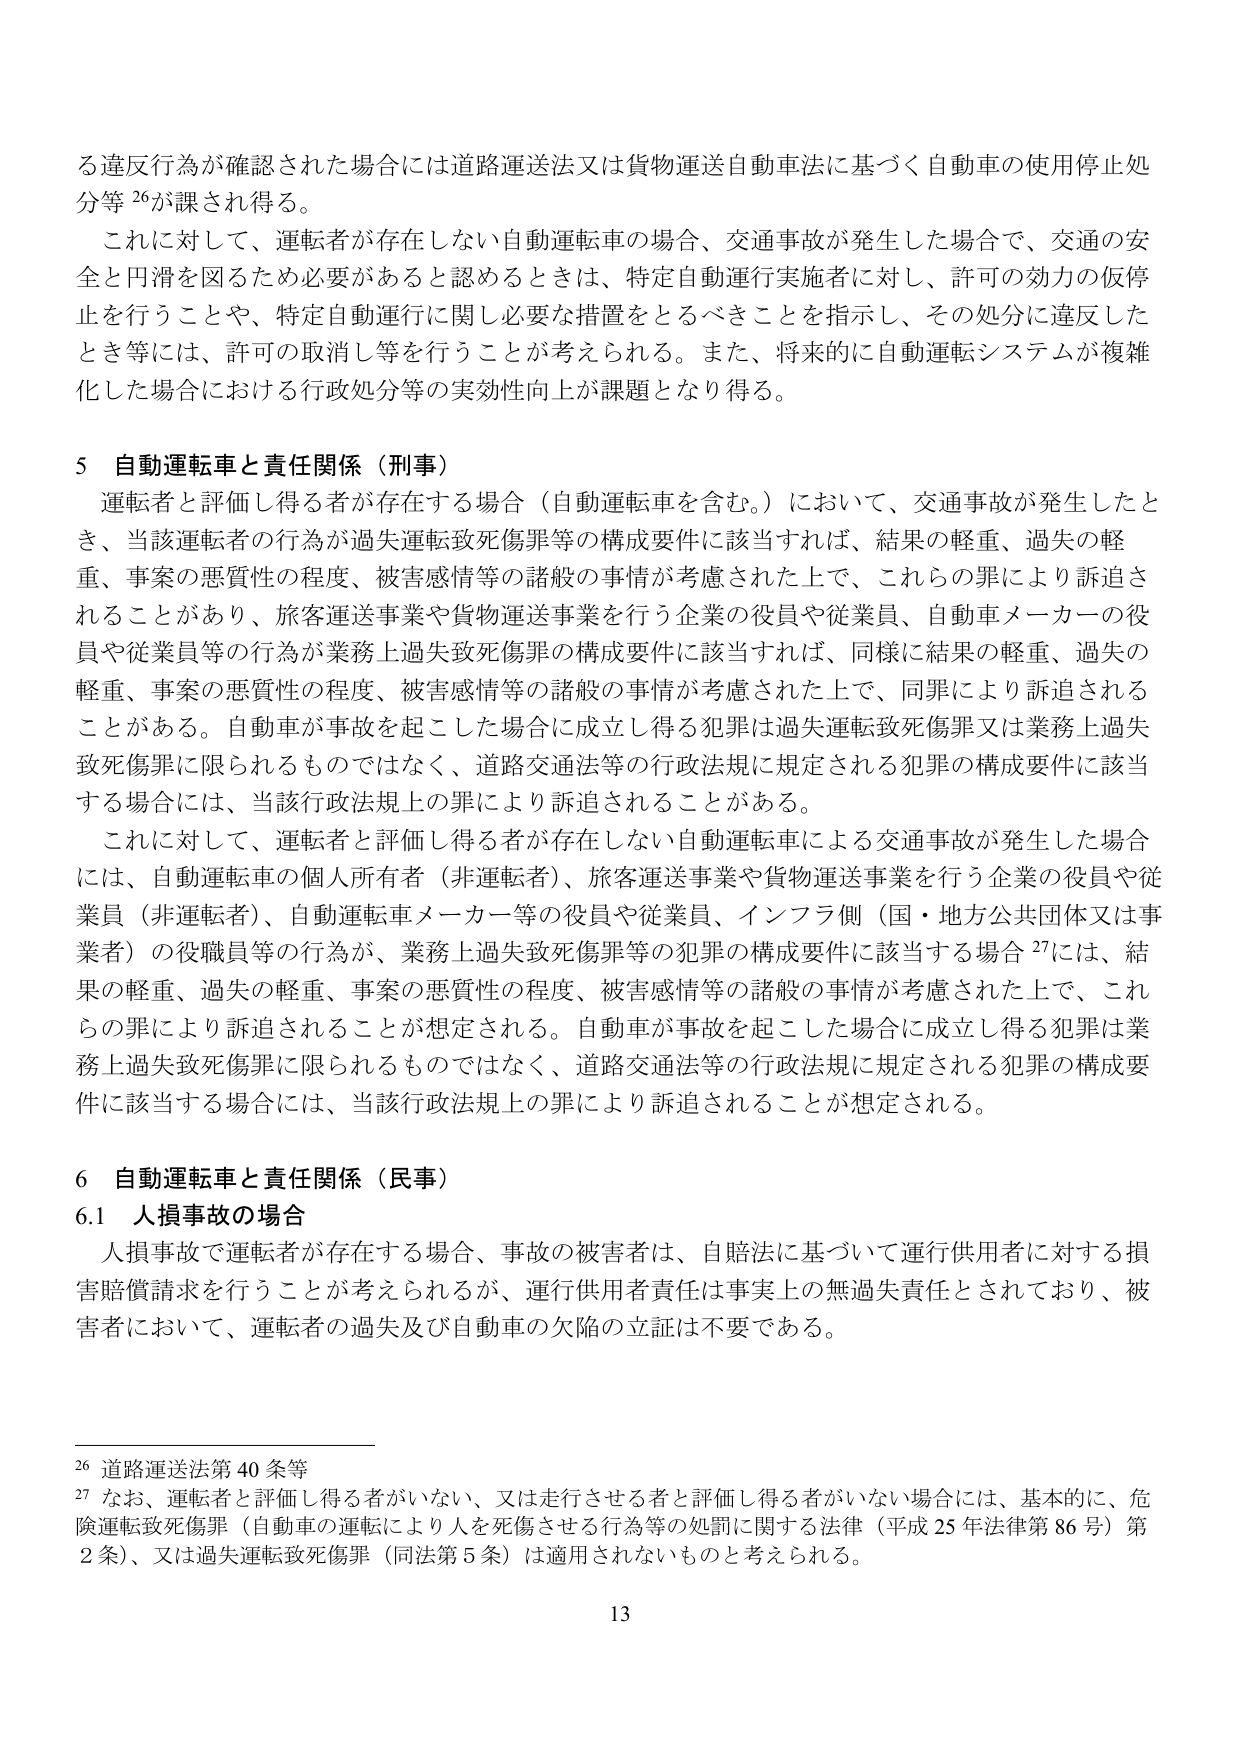
る違反行為が確認された場合には道路運送法又は貨物運送自動車法に基づく自動車の使用停止処分等26が課され得る。

これに対して、運転者が存在しない自動運転車の場合、交通事故が発生した場合で、交通の安全と円滑を図るため必要があると認めるときは、特定自動運行実施者に対し、許可の効力の仮停止を行うことや、特定自動運行に関し必要な措置をとるべきことを指示し、その処分に違反したとき等には、許可の取消し等を行うことが考えられる。また、将来的に自動運転システムが複雑化した場合における行政処分等の実効性向上が課題となり得る。

5 自動運転車と責任関係（刑事）

運転者と評価し得る者が存在する場合（自動運転車を含む。）において、交通事故が発生したとき、当該運転者の行為が過失運転致死傷罪等の構成要件に該当すれば、結果の軽重、過失の軽重、事案の悪質性の程度、被害感情等の諸般の事情が考慮された上で、これらの罪により訴追されることがあり、旅客運送事業や貨物運送事業を行う企業の役員や従業員、自動車メーカーの役員や従業員等の行為が業務上過失致死傷罪の構成要件に該当すれば、同様に結果の軽重、過失の軽重、事案の悪質性の程度、被害感情等の諸般の事情が考慮された上で、同罪により訴追されることがある。自動車が事故を起こした場合に成立し得る犯罪は過失運転致死傷罪又は業務上過失致死傷罪に限られるものではなく、道路交通法等の行政法規に規定される犯罪の構成要件に該当する場合には、当該行政法規上の罪により訴追されることがある。

これに対して、運転者と評価し得る者が存在しない自動運転車による交通事故が発生した場合には、自動運転車の個人所有者（非運転者）、旅客運送事業や貨物運送事業を行う企業の役員や従業員（非運転者）、自動運転車メーカー等の役員や従業員、インフラ側（国・地方公共団体又は事業者）の役職員等の行為が、業務上過失致死傷罪等の犯罪の構成要件に該当する場合27には、結果の軽重、過失の軽重、事案の悪質性の程度、被害感情等の諸般の事情が考慮された上で、これらの罪により訴追されることが想定される。自動車が事故を起こした場合に成立し得る犯罪は業務上過失致死傷罪に限られるものではなく、道路交通法等の行政法規に規定される犯罪の構成要件に該当する場合には、当該行政法規上の罪により訴追されることが想定される。

6 自動運転車と責任関係（民事）

6.1 人損事故の場合

人損事故で運転者が存在する場合、事故の被害者は、自賠法に基づいて運行供用者に対する損害賠償請求を行うことが考えられるが、運行供用者責任は事実上の無過失責任とされており、被害者において、運転者の過失及び自動車の欠陥の立証は不要である。

26 道路運送法第40条等

27 なお、運転者と評価し得る者がいない、又は走行させる者と評価し得る者がいない場合には、基本的に、危険運転致死傷罪（自動車の運転により人を死傷させる行為等の処罰に関する法律（平成25年法律第86号）第2条）、又は過失運転致死傷罪（同法第5条）は適用されないものと考えられる。

13